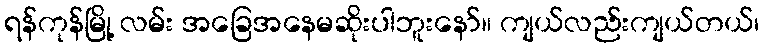
ရန်ကုန်မြို့ လမ်း အခြေအနေမဆိုးပါဘူးနော်။ ကျယ်လည်းကျယ်တယ်၊